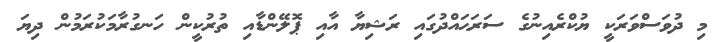
މި ދުވަސްވަރަކީ ޔުކްރެއިނުގެ ސަރަޙައްދުގައި ރަޝިޔާ އާއި ޕޮލޭންޑާއި ތުރުކީން ހަނގުރާމަކުރަމުން ދިޔަ